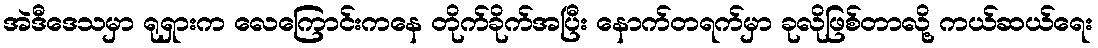
အဲဒီဒေသမှာ ရုရှားက လေကြောင်းကနေ တိုက်ခိုက်အပြီး နောက်တရက်မှာ ခုလိုဖြစ်တာလို့ ကယ်ဆယ်ရေး